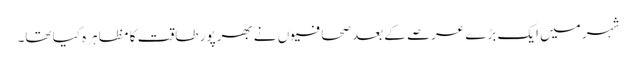
شہر میں ایک بڑے عرصے کے بعد صحافیوں نے بھرپور طاقت کا مظاہرہ کیا تھا۔